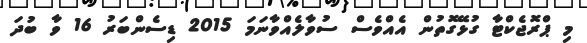
މި ޕްރޮޖެކްޓާ ގުޅޭގޮތުން އެއްވެސް ސުވާލެއްވާނަމަ 2015 ޑިސެންބަރު 16 ވާ ބުދަ